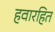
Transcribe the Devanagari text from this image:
हवारहित